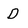
Character: D